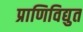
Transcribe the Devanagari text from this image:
प्राणिविद्युत